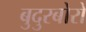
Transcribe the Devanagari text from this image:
बुदुरबोरो